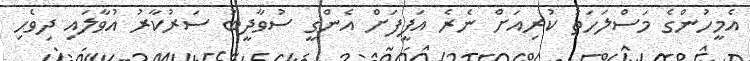
އެމީހުންގެ މަސްލަހަތު ކުރިއަށް ނެރެ އަފީފަށް އެންގީ ސުވާދީބު ސަރުކާރު އުވާލައި ދިވެހި